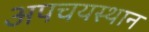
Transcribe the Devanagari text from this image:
अपचयस्थान